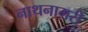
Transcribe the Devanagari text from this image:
नाथनागरी